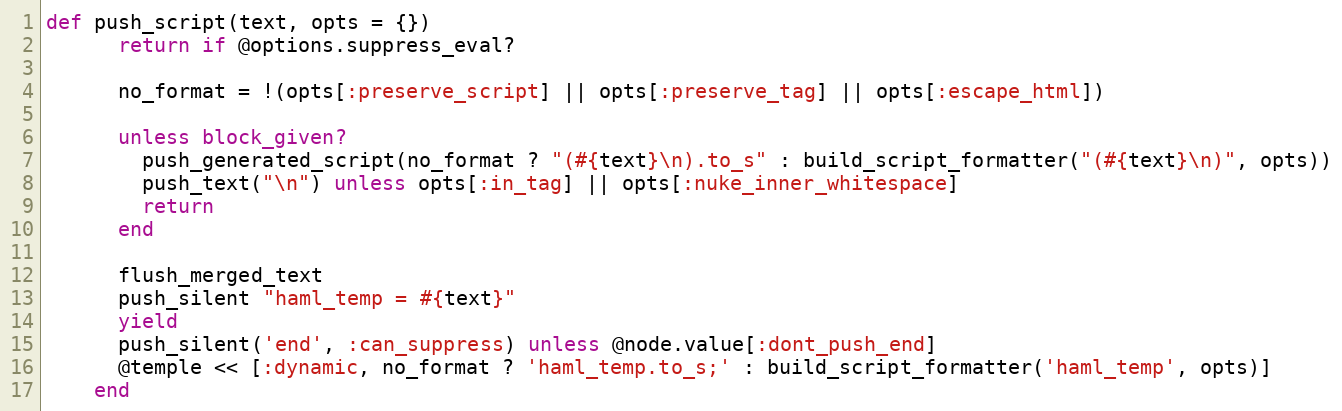
Language: Ruby
def push_script(text, opts = {})
      return if @options.suppress_eval?

      no_format = !(opts[:preserve_script] || opts[:preserve_tag] || opts[:escape_html])

      unless block_given?
        push_generated_script(no_format ? "(#{text}\n).to_s" : build_script_formatter("(#{text}\n)", opts))
        push_text("\n") unless opts[:in_tag] || opts[:nuke_inner_whitespace]
        return
      end

      flush_merged_text
      push_silent "haml_temp = #{text}"
      yield
      push_silent('end', :can_suppress) unless @node.value[:dont_push_end]
      @temple << [:dynamic, no_format ? 'haml_temp.to_s;' : build_script_formatter('haml_temp', opts)]
    end